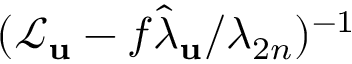
( \mathcal { L } _ { \bf u } - f \hat { \lambda } _ { \bf u } / \lambda _ { 2 n } ) ^ { - 1 }